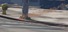
બાબતસરકારી